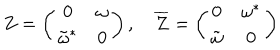
Z = \left( \begin{array} { c c } { { 0 } } & { { \omega } } \\ { { { \tilde { \omega } } ^ { * } } } & { { 0 } } \\ \end{array} \right) , \quad { \overline { { Z } } } = \left( \begin{array} { c c } { { 0 } } & { { { \omega } ^ { * } } } \\ { { { \tilde { \omega } } } } & { { 0 } } \\ \end{array} \right)